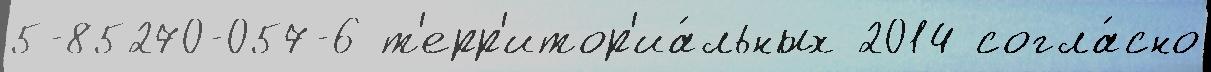
5-85270-057-6 т'ерр'итор'иа́льных 2014 согла́сно